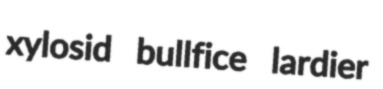
xylosid bullfice lardier